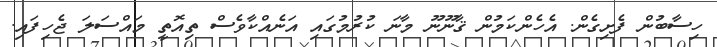
ހިސާބުން ފެށިގެން. އެހެންކަމުން ޤާނޫނޫ މާނަ ކުރުމުގައި އަނެއްކާވެސްް ތިއޮތީ މައްސަލަ ޖެހިފައި.